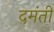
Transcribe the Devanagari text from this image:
दमंती